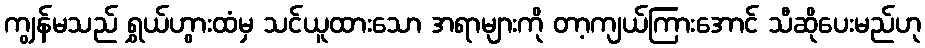
ကျွန်မသည် ရွှယ်ဟွားထံမှ သင်ယူထားသော အရာများကို တာ့ကျယ်ကြားအောင် သီဆိုပေးမည်ဟု